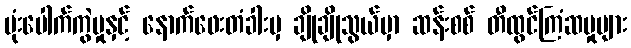
ဗုံးပေါက်ကွဲမှုနှင့် နောက်ဖေးတံခါးမှ ချိုချိုသွယ်မှာ ဆန်းစစ် တီထွင်ကြံဆမှုများ